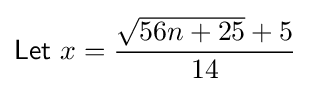
{\mathsf {Let}}~x={\frac {{\sqrt {56n+25}}+5}{14}}